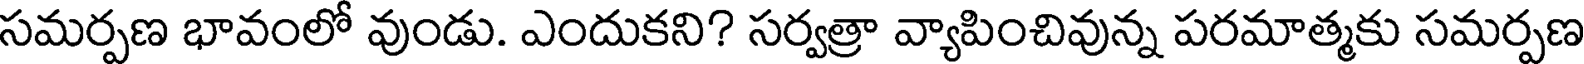
సమర్పణ భావంలో వుండు. ఎందుకని? సర్వత్రా వ్యాపించివున్న పరమాత్మకు సమర్పణ